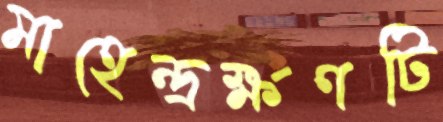
মাহেন্দ্রক্ষণটি